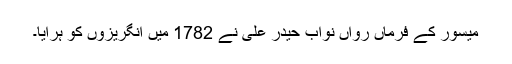
میسور کے فرماں رواں نواب حیدر علی نے 1782 میں انگریزوں کو ہرایا۔